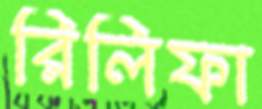
রিলিফা